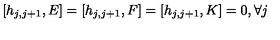
[ h _ { j , j + 1 } , E ] = [ h _ { j , j + 1 } , F ] = [ h _ { j , j + 1 } , K ] = 0 , \forall j